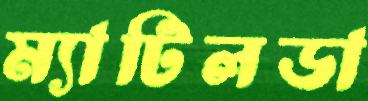
ম্যাটিলডা